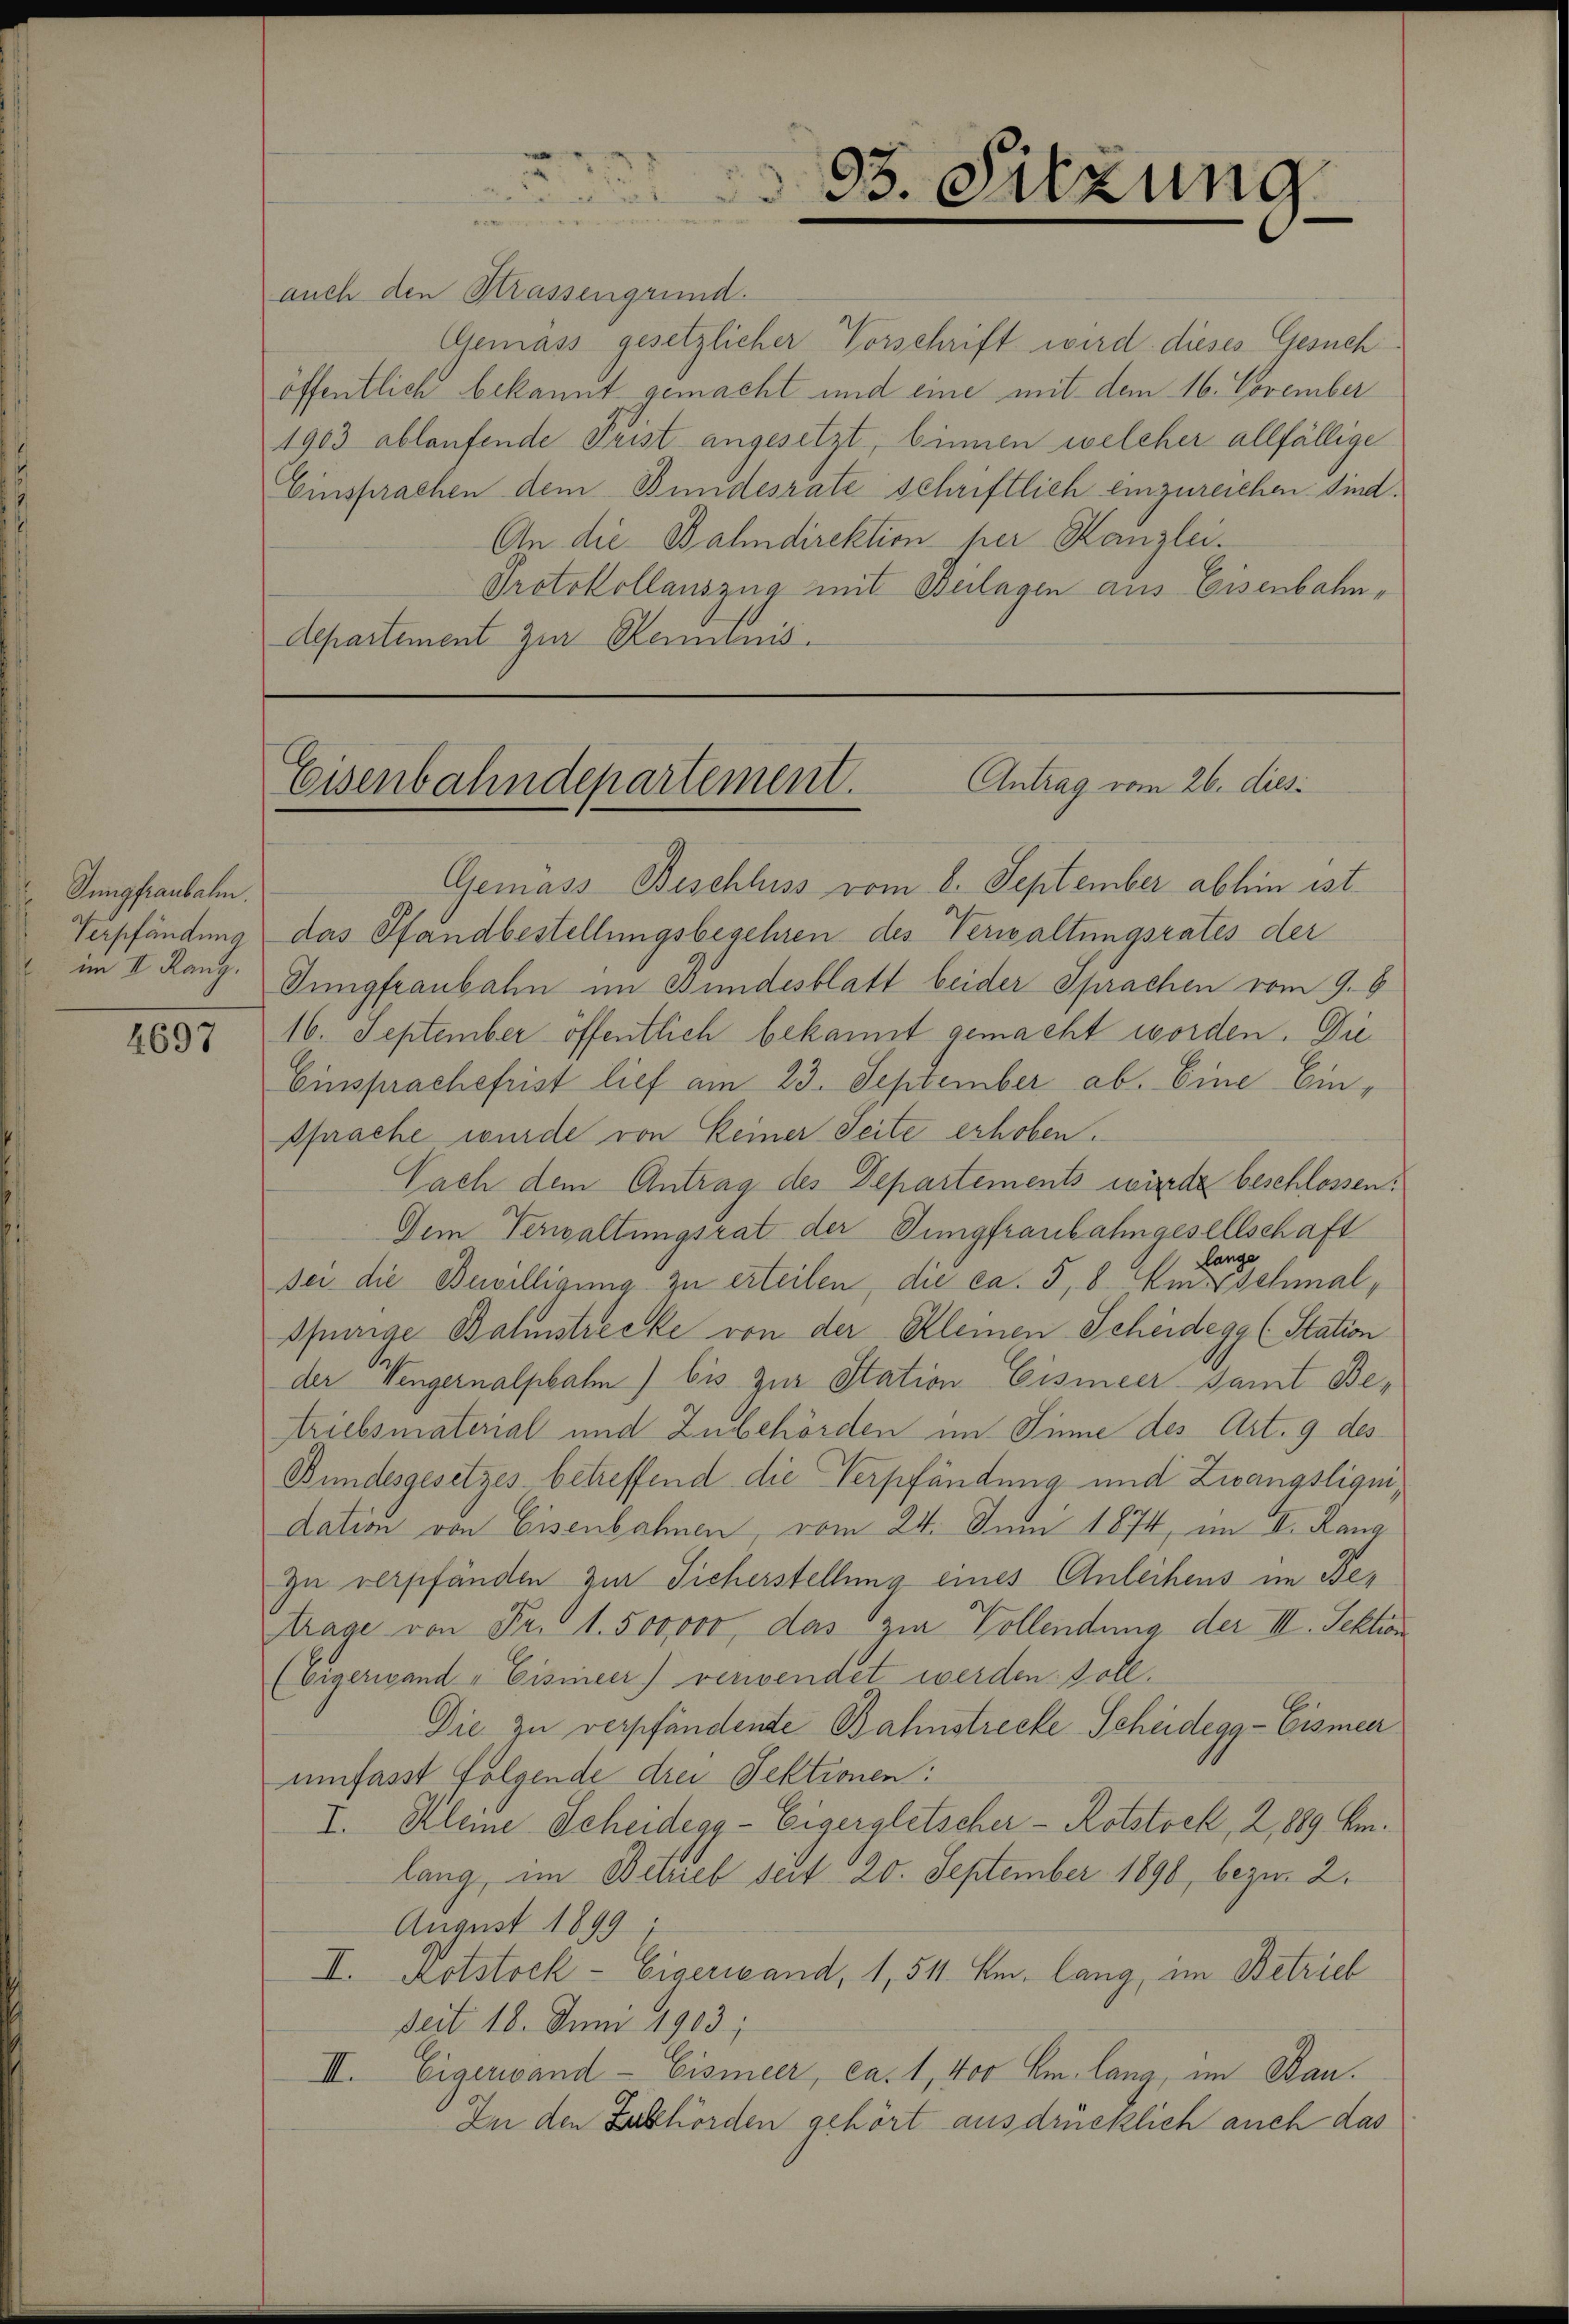
Jungfraubalm.
Verpfändung
im II. Rang.

4697

auch den Strassengrund.
Gemäss gesetzlicher Vorschrift wird dieses Gesuch
öffentlich bekannt gemacht und eine mit dem 16. November
1903 ablaufende Frist angesetzt, binnen welcher allfällige
Einsprachen dem Bundesrate schriftlich einzureichen sind.
An die Bahndirektion per Kanzlei.
Protokollauszug mit Beilagen aus Eisenbahn,
Aepartement zur Reminis

33. Sitzung

Antrag vom 26. dies
Eisenbahndepartement.

Gemäss Beschluss vom 8. September abhin ist.
das Pfandbestellungsbegehren des Verwaltungsrates der
Sungfraubahn im Fundesblatt beider Sprachen vom 9. 6
16. September öffentlich bekannt gemacht worden. Die
Einsprachefrist lief am 23. September ab. Eine Einsprache wurde von keiner Seite erhoben.
Nach dem Antrag des Departements würde beschlossen:
Dem Verwaltungsrat der Jungfraubahngesellschaft
lange
sei die Bewilligung zu erteilen, die ca. 5, 8. Am Schmal,
spurige Balmstrecke von der Kleinen Scheidegg (Station
der Wengernalpbahn) bis zur Station Eismeer samt Betriebsmaterial und Zubehörden im Sinne des Art. 9 des
Bundesgesetzes betreffend die Verpfändung und Zwangsliquidation von Eisenbahnen, vom 24. Juni 1874, im II. Rang
zu verpfänden zur Sicherstellung eines Anleihens im Betrage von Fr. 1. 500000, das zur Vollendung der III. Sektion
(Eigerwand - Eisineer) verwendet werden soll.
Die zu verpfändente Bahnstrecke Scheidegg-Eismeer
umfasst Folgende drei Sektionen:
I. Kleine Scheidegg - Eigergletscher - Rotstock, 2, 889 km.
lang, im Betrieb seit 20. September 1890, bezw. 2.
August 1899.
II. Kotstock - Eigerwand, 1, 511. Am lang, im Betrieb
seit 18. Juni 1903;
III. Eigerwand-Eismeer, ca. 1, 400 km lang, im Bau¬
In den Zubehörden gehört ausdrücklich auch das